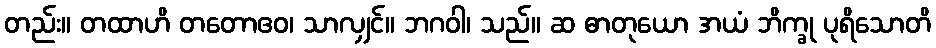
တည်း။ တထာဟိ တတောဧဝ၊ သာလျှင်။ ဘဂဝါ၊ သည်။ ဆ ဓာတုယော အယံ ဘိက္ခု ပုရိသောတိ